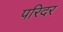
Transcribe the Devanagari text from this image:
परिदर